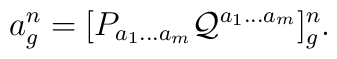
a^n_g= [P_{a_1 \ldots a_m}{\cal Q}^{a_1 \ldots a_m}]_g^n.